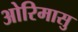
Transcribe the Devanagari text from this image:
ओरिमासु